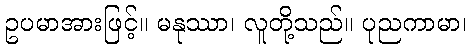
ဥပမာအားဖြင့်။ မနုဿာ၊ လူတို့သည်။ ပုညကာမာ၊